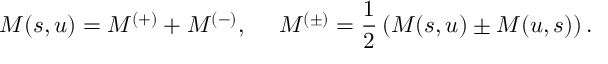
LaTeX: M ( s , u ) = M ^ { ( + ) } + M ^ { ( - ) } , ~ ~ ~ ~ M ^ { ( \pm ) } = \frac 1 2 \left( M ( s , u ) \pm M ( u , s ) \right) .